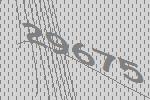
29675